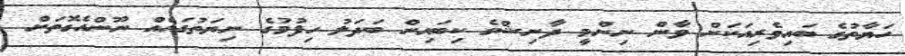
ހަޔާތުގެ ބައިވެރިއަކަށް ވާން ނިންމީ ދާނިޝްގެ ކިބައިން ބަދަލު ހިފުމުގެ ނިޔަތުގައެއް ނޫންއެގޮތަށް